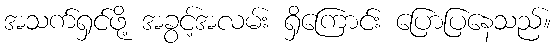
အသက်ရှင်ဖို့ အခွင့်အလမ်း ရှိကြောင်း ပြောပြနေသည်။